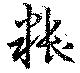
粻